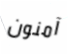
آمنون